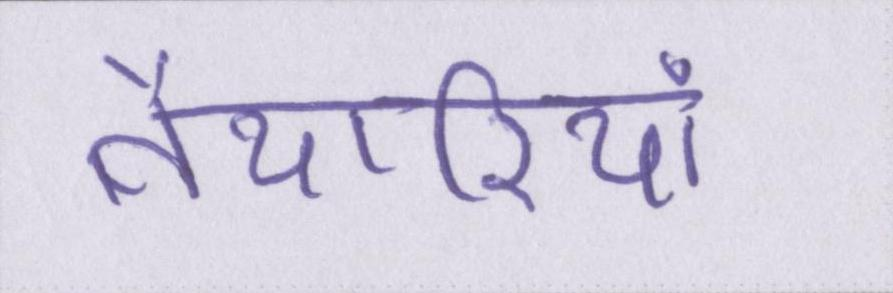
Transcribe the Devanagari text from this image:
तैयारियां